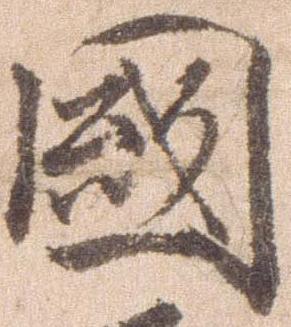
国